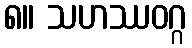
၈။ သဟဿဝဂ္ဂ